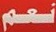
نعم